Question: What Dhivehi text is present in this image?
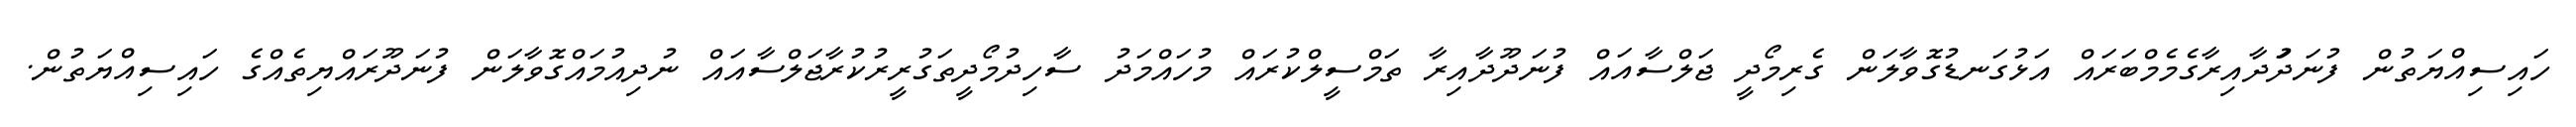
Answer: ހައިސިއްޔަތުން ފުނަދަުދާއިރާގެމެމްބަރައް އަޅުގަނޑުގޮވާލަން ގެރިމޯދީ ޖަލްސާއައް ފުނަދޫދާއިރާ ތަމްސީލްކުރައް މުހައްމަދު ސާހިދުމޯދީތަގުރީރުކުރާޖަލްސާއައް ނުދިއުމައްގޮވާލަން ފުނަދޫރައްޔިތެއްގެ ހައިސިއްޔަތުން.